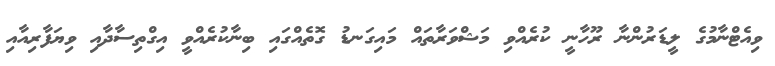
ވިއެޓްނާމުގެ ލީޑަރުންނާ ރޫހާނީ ކުރެއްވި މަޝްވަރާތައް މައިގަނޑު ގޮތެއްގައި ބިނާކުރެއްވީ އިގްތިސާދާއި ވިޔަފާރިއާއި